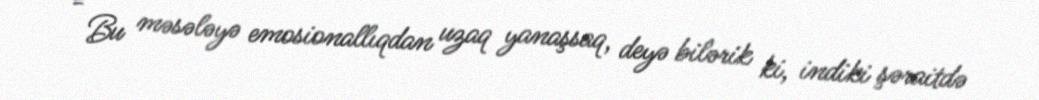
- Bu məsələyə emosionallıqdan uzaq yanaşsaq, deyə bilərik ki, indiki şəraitdə